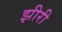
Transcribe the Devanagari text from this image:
झीरी